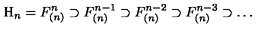
{ \mathrm H } _ { n } = F _ { ( n ) } ^ { n } \supset F _ { ( n ) } ^ { n - 1 } \supset F _ { ( n ) } ^ { n - 2 } \supset F _ { ( n ) } ^ { n - 3 } \supset \dots